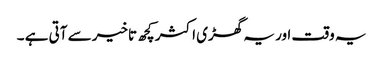
یہ وقت اور یہ گھڑی اکثر کچھ تاخیر سے آتی ہے ۔